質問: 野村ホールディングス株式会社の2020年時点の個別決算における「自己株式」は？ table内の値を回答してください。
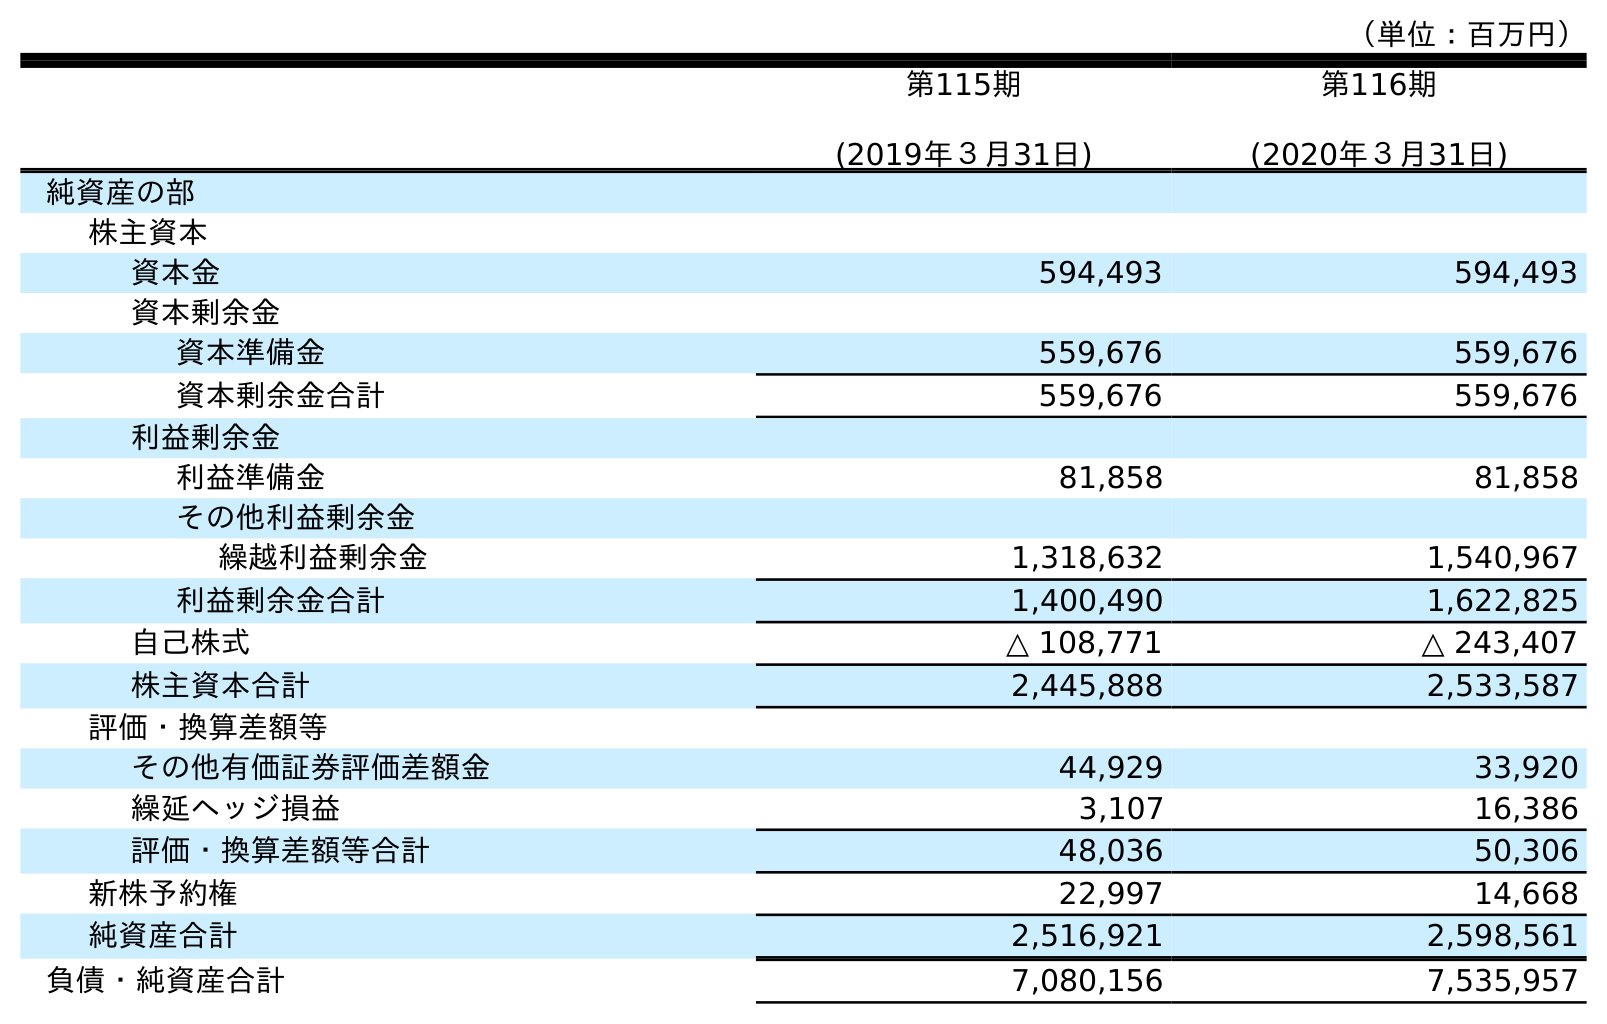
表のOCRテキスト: （単位：百万円） 第115期 (2019年３月31日) 第116期 (2020年３月31日) 純資産の部 株主資本 資本金 594,493 594,493 資本剰余金 資本準備金 559,676 559,676 資本剰余金合計 559,676 559,676 利益剰余金 利益準備金 81,858 81,858 その他利益剰余金 繰越利益剰余金 1,318,632 1,540,967 利益剰余金合計 1,400,490 1,622,825 自己株式 △ 108,771 △ 243,407 株主資本合計 2,445,888 2,533,587 評価・換算差額等 その他有価証券評価差額金 44,929 33,920 繰延ヘッジ損益 3,107 16,386 評価・換算差額等合計 48,036 50,306 新株予約権 22,997 14,668 純資産合計 2,516,921 2,598,561 負債・純資産合計 7,080,156 7,535,957
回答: △243,407